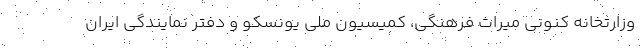
وزارتخانه کنونی میراث فرهنگی، کمیسیون ملی یونسکو و دفتر نمایندگی ایران